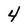
Character: 4